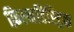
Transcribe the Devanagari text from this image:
फ़िल्मडिस्ट्रिक